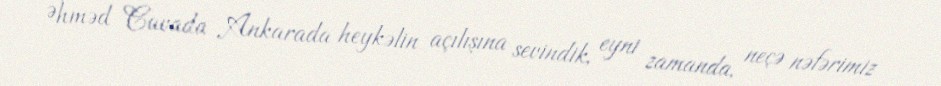
Əhməd Cavada Ankarada heykəlin açılışına sevindik, eyni zamanda, neçə nəfərimiz